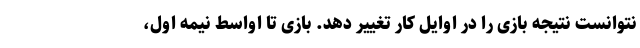
نتوانست نتیجه بازی را در اوایل کار تغییر دهد. بازی تا اواسط نیمه اول،